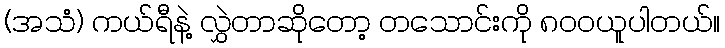
(အသံ) ကယ်ရီနဲ့ လွှဲတာဆိုတော့ တသောင်းကို ၈၀၀ယူပါတယ်။